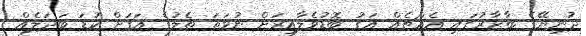
ދުނިޔޭގެ ބާޒާރުގައި އެއްޗެއް އަގު ބޮޑުވެލާއިރަށް ނުވަތަ ތެލުގެ އަގަށް ކުޑަ ބަދަލެއް